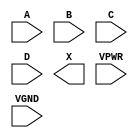
module sky130_fd_sc_hs__or4 (
    //# {{data|Data Signals}}
    input  A   ,
    input  B   ,
    input  C   ,
    input  D   ,
    output X   ,

    //# {{power|Power}}
    input  VPWR,
    input  VGND
);
endmodule